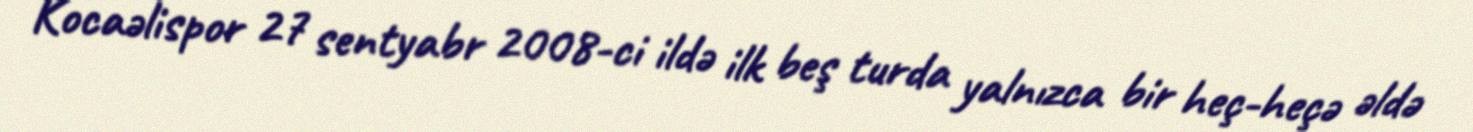
Kocaəlispor 27 sentyabr 2008-ci ildə ilk beş turda yalnızca bir heç-heçə əldə